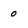
Character: 0